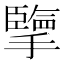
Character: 擥